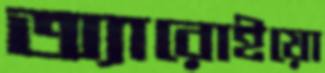
অ্যারোইয়ো